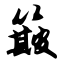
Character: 簸